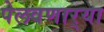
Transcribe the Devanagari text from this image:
पेलवणार्‍या